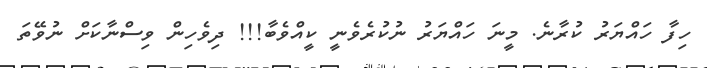
ހިފާ ހައްޔަރު ކުރާނެ. މީނަ ހައްޔަރު ނުކުރެވެނީ ކީއްވެބާ!!! ދިވެހިން ވިސްނާކަށް ނުވޭތަ